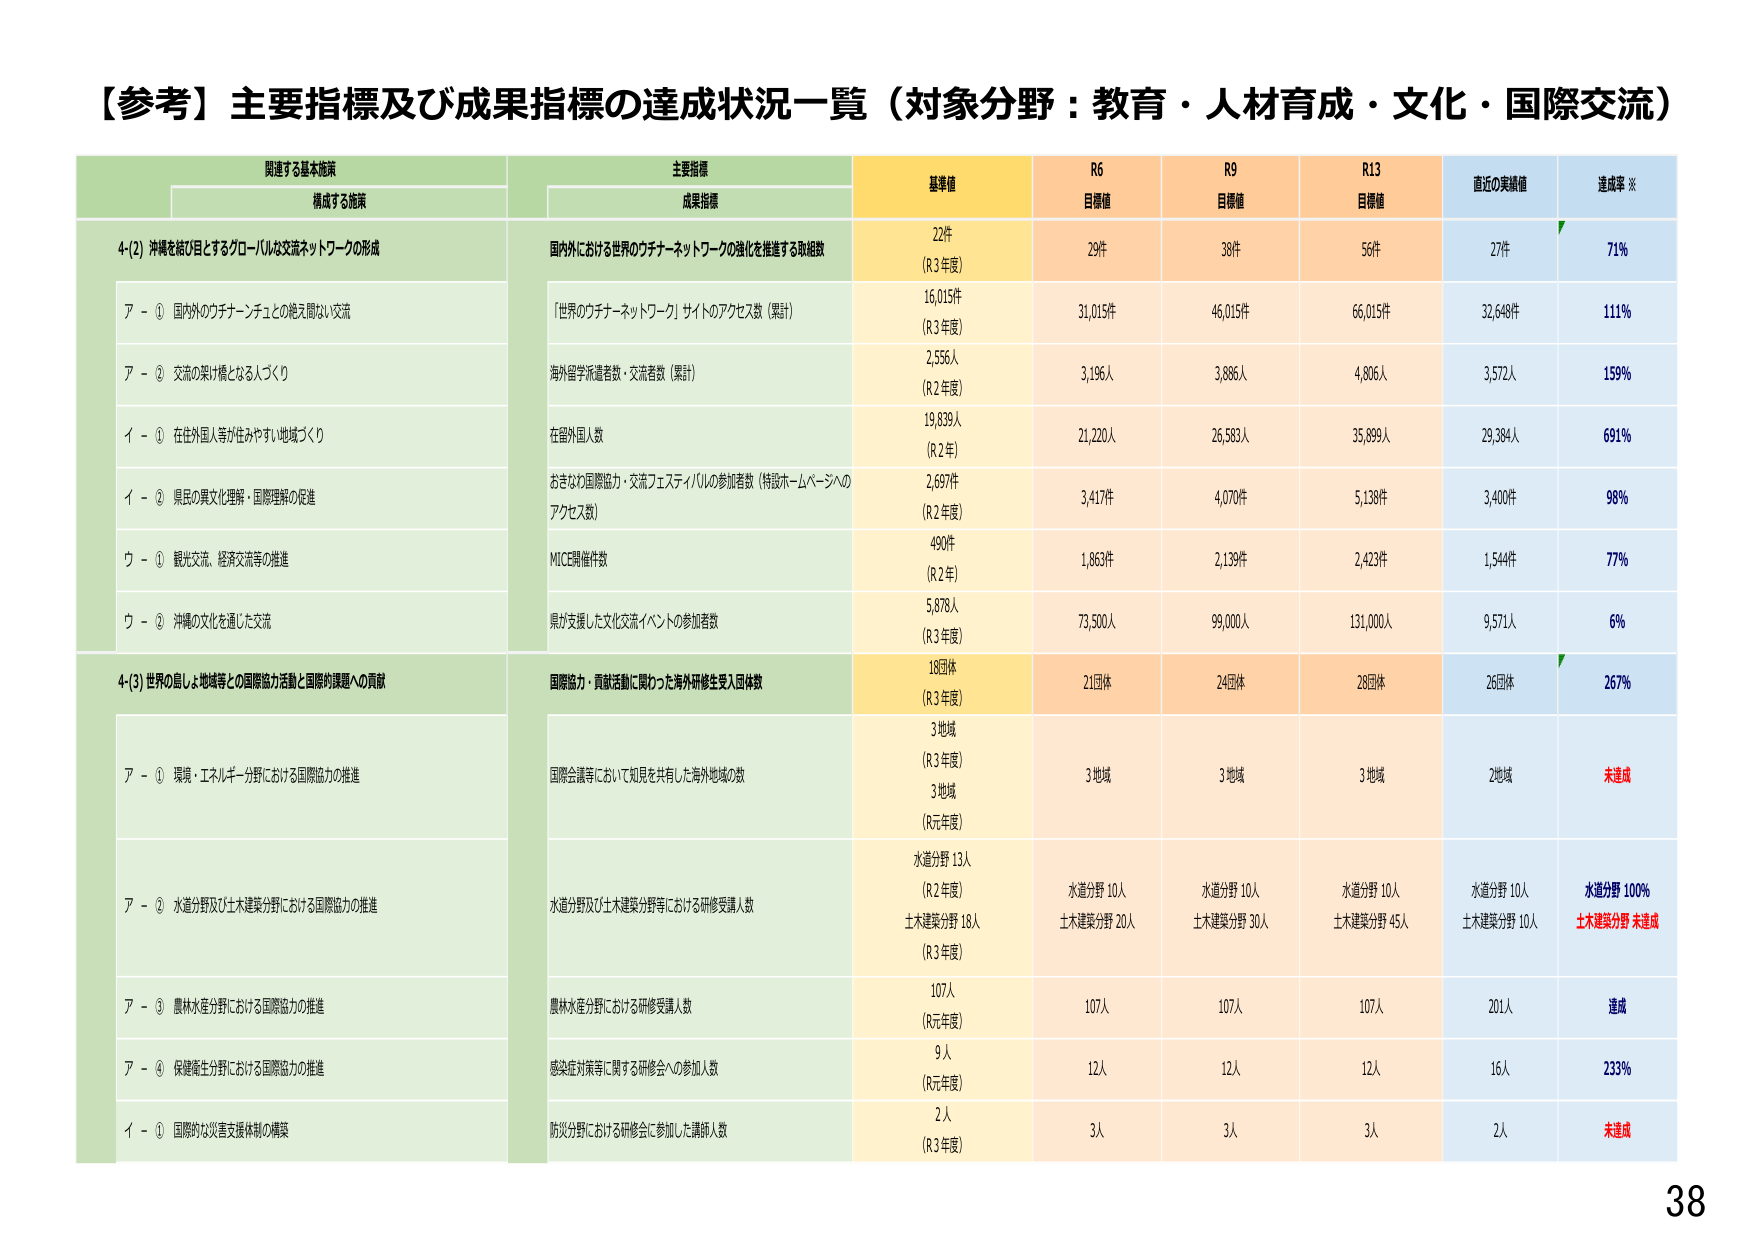
【参考】主要指標及び成果指標の達成状況一覧（対象分野：教育・人材育成・文化・国際交流）

関連する基本施策
構成する施策

主要指標
成果指標

基準値
R6
目標値
R9
目標値
R13
目標値
直近の実績値
達成率 ※

4-(2) 沖縄を結び目とするグローバルな交流ネットワークの形成

国内外における世界のウチナーネットワークの強化を推進する取組数
22件
(R3年度)
29件
38件
56件
27件
71%

ア - ① 国内外のウチナーチュととの絶え間ない交流

「世界のウチナーネットワーク」サイトのアクセス数（累計）
16,015件
(R3年度)
31,015件
46,015件
66,015件
32,648件
111%

ア - ② 交流の架け橋となる人づくり

海外留学派遣者数・交流者数（累計）
2,556人
(R2年度)
3,196人
3,886人
4,806人
3,572人
159%

イ - ① 在住外国人等が住みやすい地域づくり

在留外国人数
19,839人
(R2年)
21,220人
26,583人
35,899人
29,384人
691%

イ - ② 県民の異文化理解・国際理解の促進

おきなわ国際協力・交流フェスティバルの参加者数（特設ホームページへのアクセス数）
2,697件
(R2年度)
3,417件
4,070件
5,138件
3,408件
98%

ウ - ① 観光交流、経済交流等の推進

MICE開催件数
490件
(R2年)
1,863件
2,139件
2,423件
1,544件
77%

ウ - ② 沖縄の文化を通じた交流

県が支援した文化交流イベントの参加者数
5,878人
(R3年度)
73,500人
99,000人
131,000人
9,571人
6%

4-(3) 世界の島しょ地域等との国際協力活動と国際的課題への貢献

国際協力・貢献活動に関わった海外研修生受入団体数
18団体
(R3年度)
21団体
24団体
28団体
26団体
267%

ア - ① 環境・エネルギー分野における国際協力の推進

国際会議等において知見を共有した海外地域の数
3地域
(R3年度)
3地域
3地域
3地域
2地域
未達成

ア - ② 水道分野及び土木建築分野における国際協力の推進

水道分野及び土木建築分野等における研修受講人数
水道分野 13人
(R2年度)
土木建築分野 18人
(R3年度)
水道分野 10人
土木建築分野 20人
水道分野 10人
土木建築分野 30人
水道分野 10人
土木建築分野 45人
水道分野 10人
土木建築分野 10人
水道分野 100%
土木建築分野 未達成

ア - ③ 農林水産分野における国際協力の推進

農林水産分野における研修受講人数
107人
(R元年度)
107人
107人
107人
201人
達成

ア - ④ 保健衛生分野における国際協力の推進

感染症対策等に関する研修会への参加人数
9人
(R元年度)
12人
12人
12人
16人
233%

イ - ① 国際的な災害支援体制の構築

防災分野における研修会に参加した講師人数
2人
(R3年度)
3人
3人
3人
2人
未達成

38